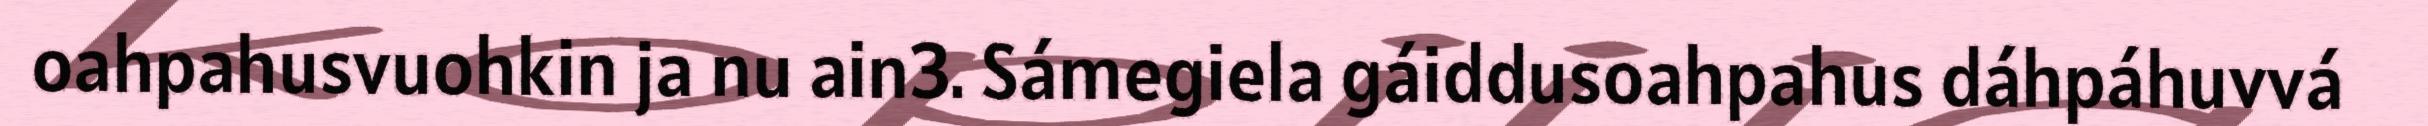
oahpahusvuohkin ja nu ain3. Sámegiela gáiddusoahpahus dáhpáhuvvá